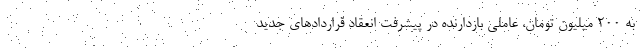
به ۲۰۰ میلیون تومان، عاملی بازدارنده در پیشرفت انعقاد قراردادهای جدید